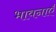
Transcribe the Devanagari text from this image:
भावनाएॅं